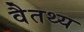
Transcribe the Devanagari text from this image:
वैतथ्य